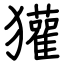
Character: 獾